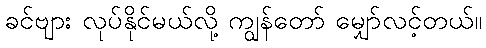
ခင်ဗျား လုပ်နိုင်မယ်လို့ ကျွန်တော် မျှော်လင့်တယ်။